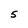
Character: 5